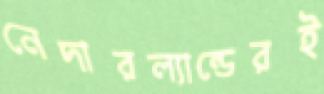
নেদারল্যান্ডেরই